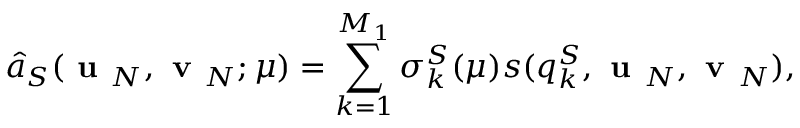
\hat { a } _ { S } ( \textbf { u } _ { N } , \textbf { v } _ { N } ; \mu ) = \displaystyle \sum _ { k = 1 } ^ { M _ { 1 } } \sigma _ { k } ^ { S } ( \mu ) s ( q _ { k } ^ { S } , \textbf { u } _ { N } , \textbf { v } _ { N } ) ,